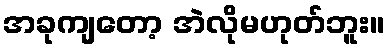
အခုကျတော့ အဲလိုမဟုတ်ဘူး။